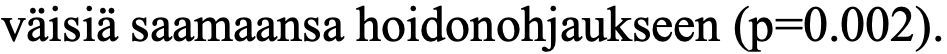
väisiä saamaansa hoidonohjaukseen (p=0.002).